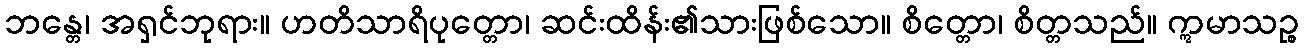
ဘန္တေ၊ အရှင်ဘုရား။ ဟတိသာရိပုတ္တော၊ ဆင်းထိန်း၏သားဖြစ်သော။ စိတ္တော၊ စိတ္တသည်။ ဣမာသဉ္စ